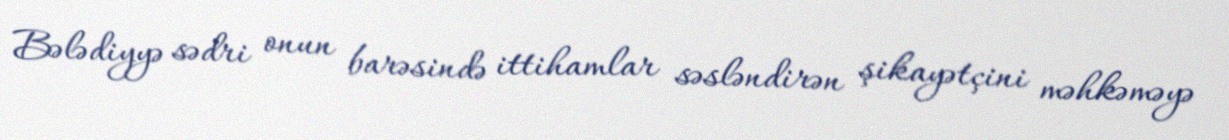
Bələdiyyə sədri onun barəsində ittihamlar səsləndirən şikayətçini məhkəməyə